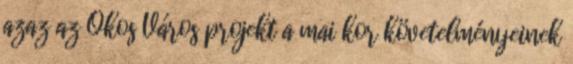
azaz az Okos Város projekt a mai kor követelményeinek